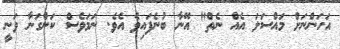
އަހަންނަށް މައްސަލަ އެއް ނެތް" އޭނާ ބުނެފައިވެ އެވެ. ނަމަވެސް ކަންގަނާ ވަނީ